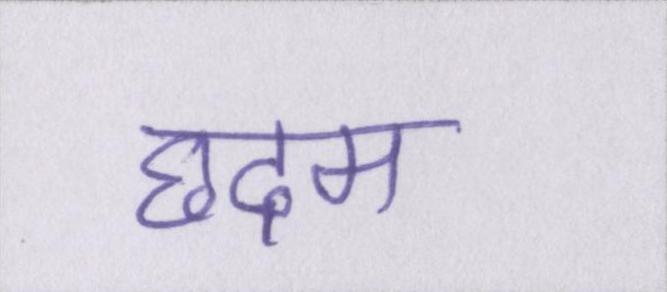
छदम